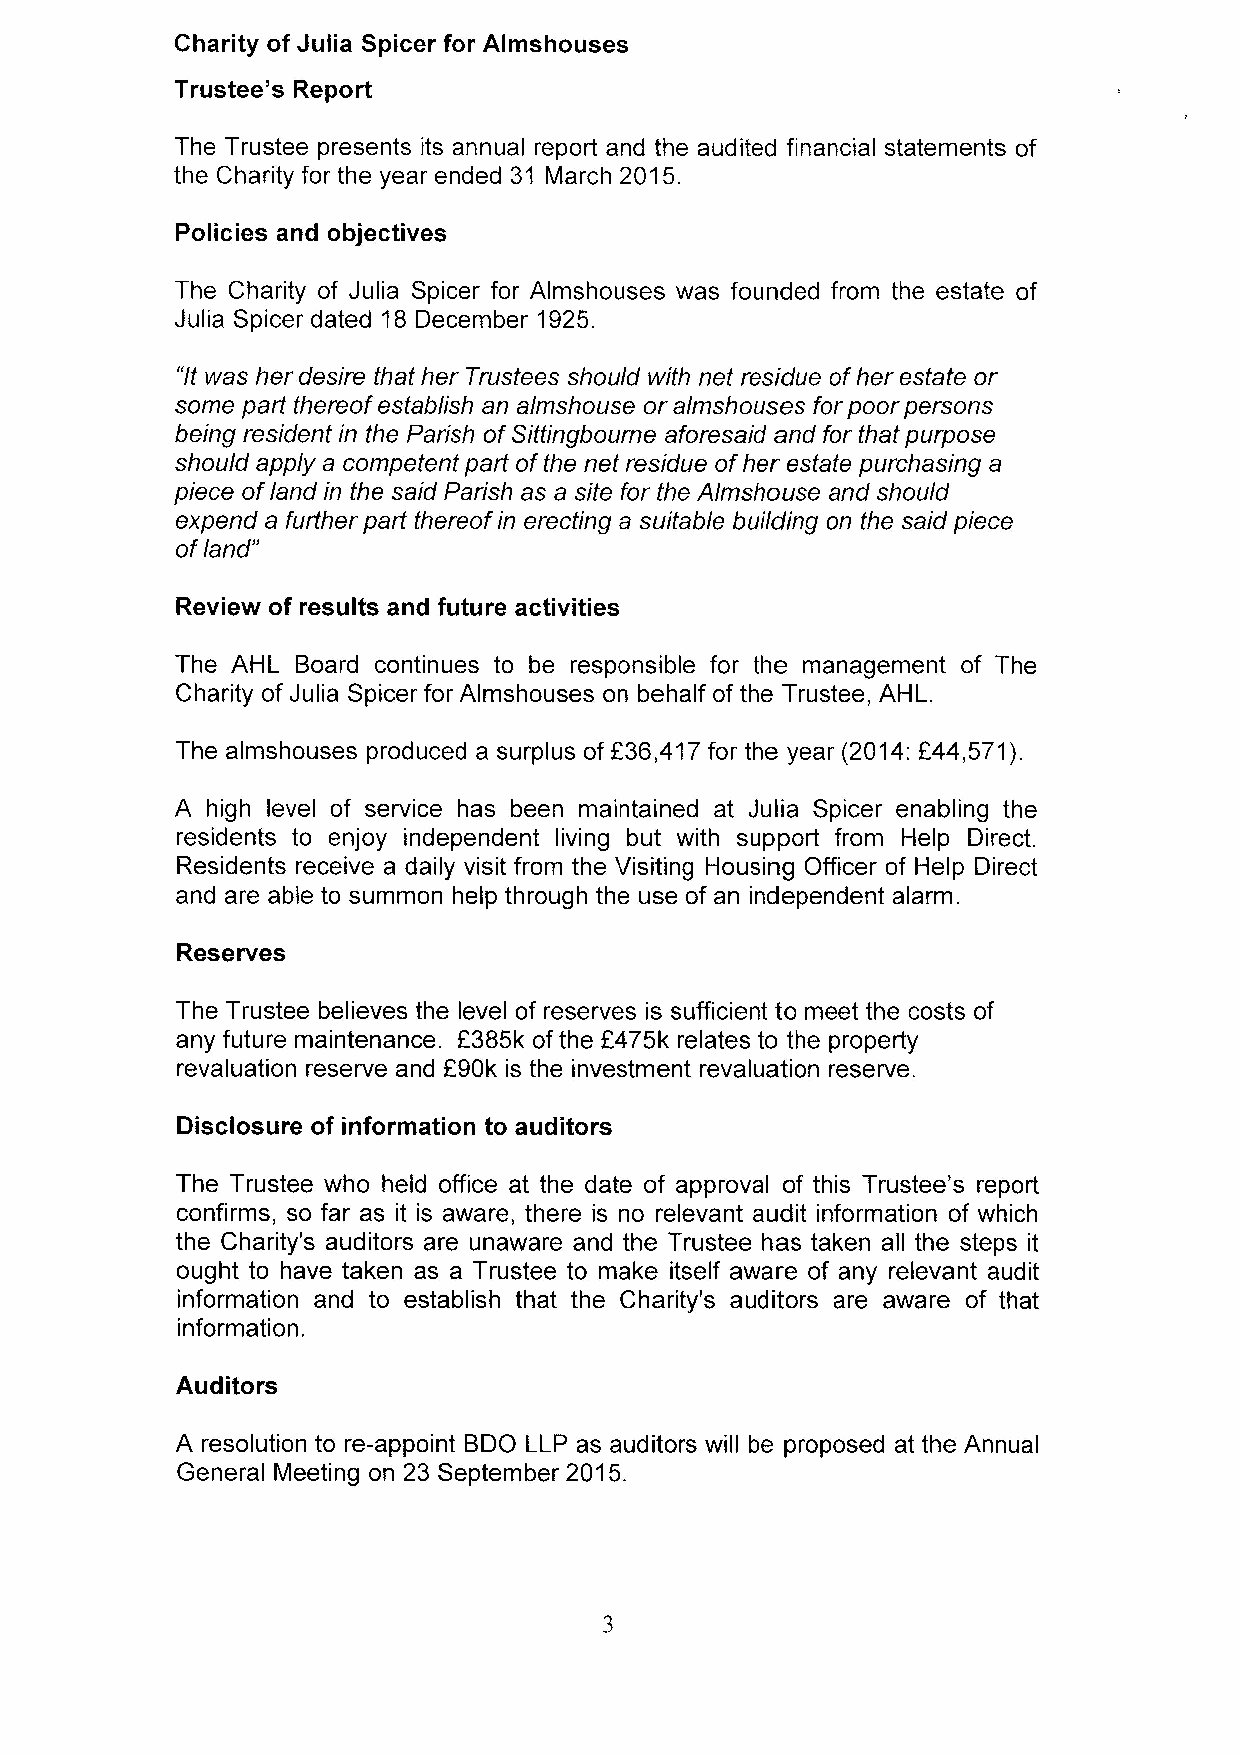
Charity of Julia Spicer for Almshouses
 Trustee's Report
 The Trustee presents its annual report and the audited financial statements of
 the Charity for the year ended 31 March 2015.
 Policies and objectives
 The Charity of Julia Spicer for Almshouses was founded from the estate of
 Julia Spicer dated 18 December 1925.
 "Itwas her desire that her Trustees should with net residue ofher estate or
 some part thereof establish an almshouse or almshouses for poor persons
 being residentin the Parish ofSittingbourne aforesaid and for that purpose
 should apply a competent part ofthe net residue ofher estate purchasing a
 piece ofland in the said Parish as a site for the Almshouse and should
 expend a further part thereofin erecting a suitable building on the said piece
 ofland"
 Review of results and future activities
 The AHL Board continues to be responsible for the management of The
 Charity of Julia Spicer for Almshouses on behalf of the Trustee, AHL.
 The almshouses produced a surplus of f36,417for the year (2014:244,571).
 A high level of service has been maintained at Julia Spicer enabling the
 residents to enjoy independent living but with support from Help Direct.
 Residents receive a daily visit from the Visiting Housing Officer of Help Direct
 and are able to summon help through the use of an independent alarm.
 Reserves
 The Trustee believes the level of reserves is sufficient to meet the costs of
 any future maintenance. 2385k ofthe 2475k relates to the property
 revaluation reserve and 290k is the investment revaluation reserve.
 Disclosure of information to auditors
 The Trustee who held office at the date of approval of this Trustee's report
 confirms, so far as it is aware, there is no relevant audit information of which
 the Charity's auditors are unaware and the Trustee has taken all the steps it
 ought to have taken as a Trustee to make itself aware of any relevant audit
 information and to establish that the Charity's auditors are aware of that
 information.
 Auditors
 A resolution to re-appoint BDO LLP as auditors will be proposed at the Annual
 General Meeting on 23 September 2015.